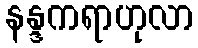
နန္ဒကရာဟုလာ